Annual report of the Madras Medical College
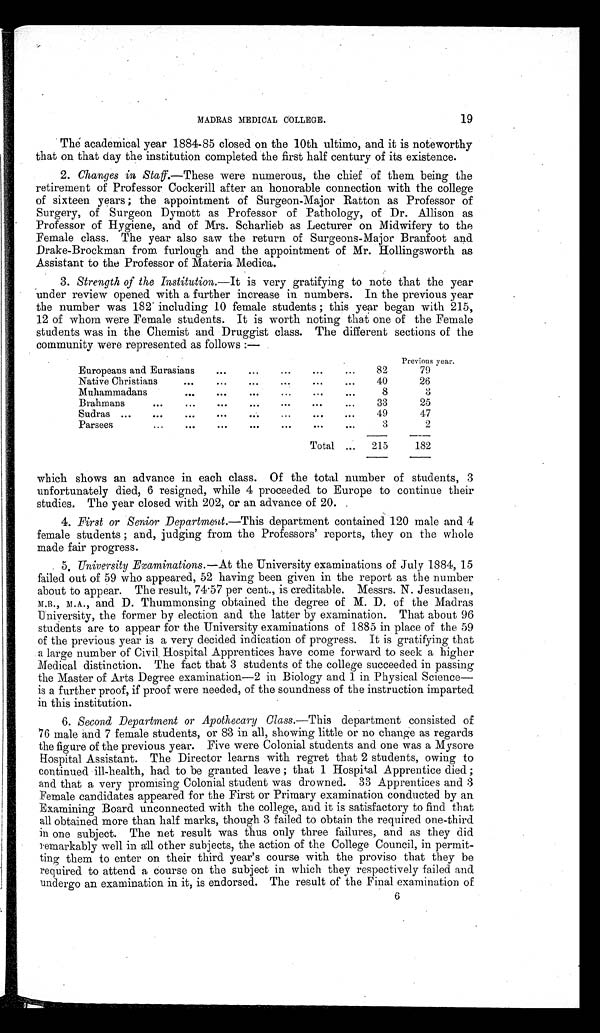
MADRAS MEDICAL COLLEGE.
19
The academical year 1884-85 closed on the 10th ultimo, and it is noteworthy
that on that day the institution completed the first half century of its existence.
2. Changes in Staff.—These were numerous, the chief of them being the
retirement of Professor Cockerill after an honorable connection with the college
of sixteen years; the appointment of Surgeon-Major Ratton as Professor of
Surgery, of Surgeon Dymott as Professor of Pathology, of Dr. Allison as
Professor of Hygiene, and of Mrs. Scharlieb as Lecturer on Midwifery to the
Female class. The year also saw the return of Surgeons-Major Branfoot and
Drake-Brockman from furlough and the appointment of Mr. Hollingsworth as
Assistant to the Professor of Materia Medica.
3.
Strength of the Institution.— It is very gratifying to note that the year
under review opened with a further increase in numbers. In the previous year
the number was 182 including 10 female students; this year began with 215,
12 of whom were Female students. It is worth noting that one of the Female
students was in the Chemist and Druggist class. The different sections of the
community were represented as follows:—
Previous year.
Europeans and Eurasians
82
79
Native Christians
40
26
Muhammadans
8
3
Brahmans
33
2 5
Sudras
49
47
Parsees
3
2
Total
215
182
which shows an advance in each class. Of the total number of students, 3
unfortunately died, 6 resigned, while 4 proceeded to Europe to continue their
studies. The year closed with 202, or an advance of 20.
4.
First or Senior Department. —This department contained 120 male and 4
female students; and, judging from the Professors' reports, they on the whole
made fair progress.
5.
University Examinations. —At the University examinations of July 1884, 15
failed out of 59 who appeared, 52 having been given in the report as the number
about to appear. The result, 74·57 per cent., is creditable. Messrs. N. Jesudasen,
M.B., M.A., and D. Thummonsing obtained the degree of M. D. of the Madras
University, the former by election and the latter by examination. That about 96
students are to appear for the University examinations of 1885 in place of the 59
of the previous year is a very decided indication of progress. It is gratifying that
a large number of Civil . Hospital Apprentices have come forward to seek a higher
Medical distinction. The fact that 3 students of the college succeeded in passing
the Master of Arts Degree examination-2 in Biology and 1 in Physical Science—
is a further proof, if proof were needed, of the soundness of the instruction imparted
in this institution.
6.
Second Department or Apothecary Class. —This department consisted of
76 male and 7 female students, or 83 in all, showing little or no change as regards
the figure of the previous year. Five were Colonial students and one was a Mysore
Hospital Assistant. The Director learns with regret that 2 students, owing to
continued ill-health, had to be granted leave; that 1 Hospital Apprentice died;
and that a very promising Colonial student was drowned. 33 Apprentices and 3
Female candidates appeared for the First or Primary examination conducted by an
Examining Board unconnected with the college, and it is satisfactory to find that
all obtained more than half marks, though 3 failed to obtain the required one-third
in one subject. The net result was thus only three failures, and as they did
remarkably well in all other subjects, the action of the College Council, in permit
ting them to enter on their third year's course with the proviso that they be
required to attend a course on the subject in which they respectively failed and
u n d e r g o a n e x a m i n a t i o n i n i t . i s e n d o r s e d . T h e r e s u l t o f t h e F i n a l . e x a m i n a t i o n o f
6
6